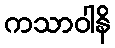
ကသာဝါနိ